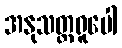
အနုသတ္တရူပေါ